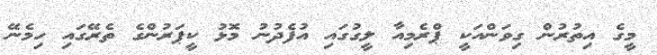
މީގެ އިތުރުން ގިވަންއަކީ ޕްރެމިއާ ލީގުގައި އުފެދުނު މޮޅު ކީޕަރުންގެ ތެރޭގައި ހިމެނޭ